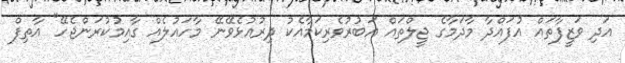
އަދި ވަޒީފާތައް އުފައްދާ މާދަމާގެ ޖީލްތައް އަބުރުވެރިކަމާއެކު ދިރުއުޅެވޭނޭ މާހައުލެއް ގާއިމުކުރަންޖެހޭ" އާތިފް